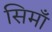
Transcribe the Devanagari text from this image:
सिमाँ